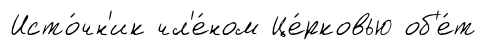
Исто́чн'ик чл'е́ном Це́рковью об'е́т